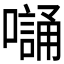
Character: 𭋭